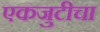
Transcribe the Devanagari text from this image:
एकजुटीचा